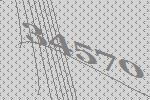
34570